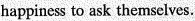
happiness to ask themselves.